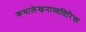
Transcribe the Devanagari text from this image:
कथालेखनाव्यतिरिक्त